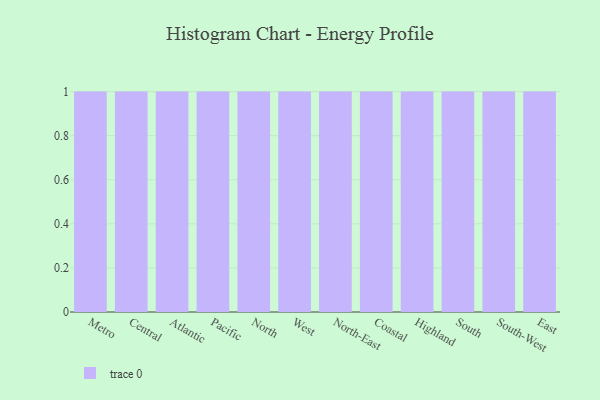
{"axis": {"x": "Region", "y": "Satisfaction Score"}, "legend": [""], "data": [{"x": "Metro", "y": 96, "type": ""}, {"x": "Central", "y": 44, "type": ""}, {"x": "Atlantic", "y": 5, "type": ""}, {"x": "Pacific", "y": 89, "type": ""}, {"x": "North", "y": 38, "type": ""}, {"x": "West", "y": 27, "type": ""}, {"x": "North-East", "y": 58, "type": ""}, {"x": "Coastal", "y": 65, "type": ""}, {"x": "Highland", "y": 7, "type": ""}, {"x": "South", "y": 62, "type": ""}, {"x": "South-West", "y": 11, "type": ""}, {"x": "East", "y": 90, "type": ""}]}